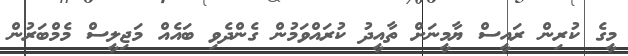
މީގެ ކުރިން ރައީސް ޔާމީނަށް ތާއީދު ކުރައްވަމުން ގެންދެވި ބައެއް މަޖިލީސް މެމްބަރުން